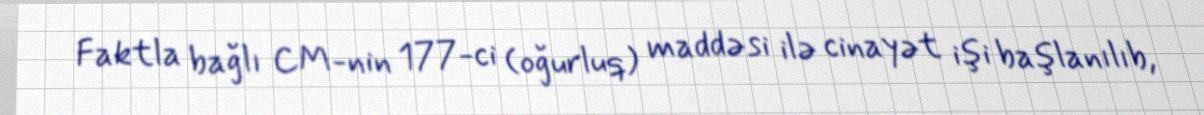
Faktla bağlı CM-nin 177-ci (oğurluq) maddəsi ilə cinayət işi başlanılıb,